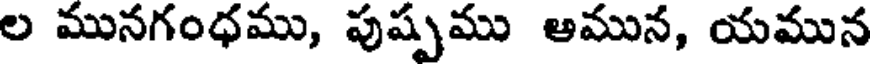
ల మునగంధము, పుష్పము అమున, యమున